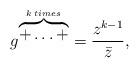
LaTeX: \begin{align*}g^{\overbrace{+ \ldots +}^{k \: times}}= \frac{z^{k-1}}{\bar{z}} ,\end{align*}